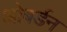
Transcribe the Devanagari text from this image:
ओबर्डन